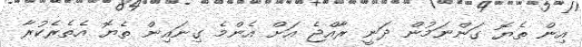
އިން ތެޔޮ ގަންނަމުން ދަނީ ރާއްޖެ އަށް އެންމެ ގިނައިން ތެޔޮ އެތެރެކުރާ